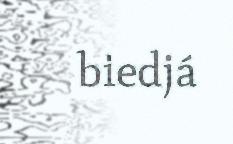
biedjá